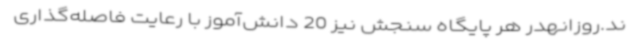
ند.روزانهدر هر پایگاه‌ سنجش نیز 20 دانش‌آموز با رعایت فاصله‌گذاری